Leprosy in India: report of the Leprosy Commission in India, 1890-91
Year: 1890
Disease focus: Leprosy
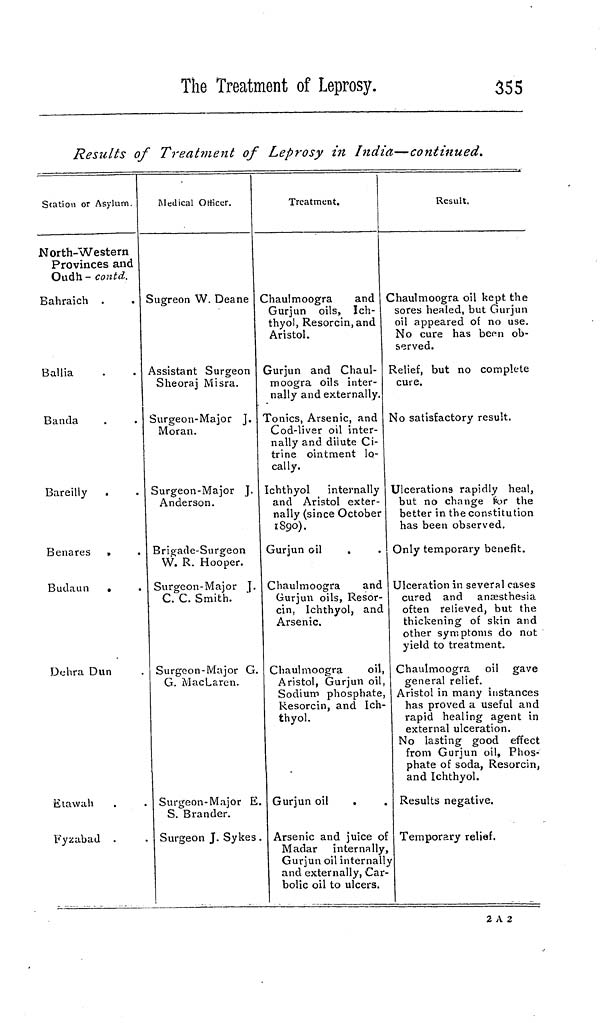
The Treatment of Leprosy.
355
Results of Treatment of Leprosy in India—continued.
Station or Asylum.
North-Western
Provinces and
Oudh - contd.
Bahraich
Ballia
Banda
Bareilly
Benares >
Budaun .
Dehra Dun
Etawah
Fyzabad
Medical Officer
Sugreon W. Deane
Assistant Surgeon
Sheoraj Misra.
Surgeon-Major J.
Moran.
Surgeon-Major J.
Anderson.
Brigade-Surgeon
W. R. Hooper.
Surgeon-Major J.
C. C. Smith.
Surgeon-Major G.
G. MacLaren.
Surgeon-Major E.
S. Brander.
Surgeon J. Sykes.
Treatment.
Chaulmoogra
and <
Gurjun oils, Ich-
thyol, Resorcin, and
Aristol.
Gurjun and Chaul-
moogra oils inter-
nally and externally.
Tonics, Arsenic, and
Cod-liver oil inter-
nally and dilute Ci-
trine ointment lo-
cally.
Ichthyol internally
and Aristol exter-
nally (since October
1890).
Gurjun oil
Chaulmoogra
and
Gurjun oils, Resor-
cin, Ichthyol, and
Arsenic.
Chaulmoogra
oil,
Aristol, Gurjun oil,
Sodium phosphate,
Resorcin, and Ich-
thyol.
Gurjun oil
.
Arsenic and juice of
Madar internally,
Gurjun oil internally
and externally, Car-
bolic oil to ulcers.
Result.
Chaulmoogra oil kept the
sores healed, but Gurjun
oil appeared of no use.
No cure has been ob-
served.
Relief, but no complete
cure.
No satisfactory result.
Ulcerations rapidly heal,
but no change for the
better in the constitution
has been observed.
Only temporary benefit.
Ulceration in several cases
cured and anæsthesia
often relieved, but the
thickening of skin and
other symptoms do not
yield to treatment.
Chaulmoogra oil gave
general relief.
Aristol in many instances
has proved a useful and
rapid healing agent in
external ulceration.
No lasting good effect
from Gurjun oil, Phos-
phate of soda, Resorcin,
and Ichthyol.
Results negative.
Temporary relief.
2 A 2